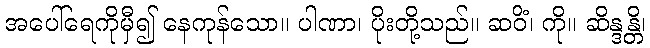
အပေါ်ရေကိုမှီ၍ နေကုန်သော။ ပါဏာ၊ ပိုးတို့သည်။ ဆဝိံ၊ ကို။ ဆိန္ဒန္တိ၊